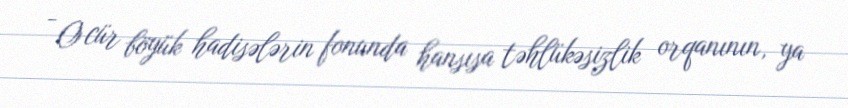
- O cür böyük hadisələrin fonunda hansısa təhlükəsizlik orqanının, ya